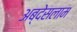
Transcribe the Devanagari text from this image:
अब्देसलाम